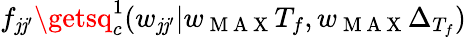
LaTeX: f_{\mathit{j}\mathit{j}^{\prime}}\getsq_{c}^{1}(w_{\mathit{j}\mathit{j}^{\prime}}|w_{\mathrm{{~M~A~X~}}}T_{f},w_{\mathrm{{~M~A~X~}}}\Delta_{T_{f}})